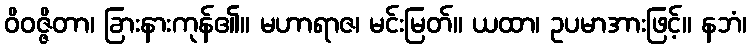
ဝိဝဇ္ဇိတာ၊ ခြားနားကုန်၏။ မဟာရာဇ၊ မင်းမြတ်။ ယထာ၊ ဥပမာအားဖြင့်။ နဘံ၊